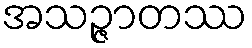
အသဉ္ဇာတဿ